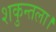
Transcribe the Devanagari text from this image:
शकुन्तला।